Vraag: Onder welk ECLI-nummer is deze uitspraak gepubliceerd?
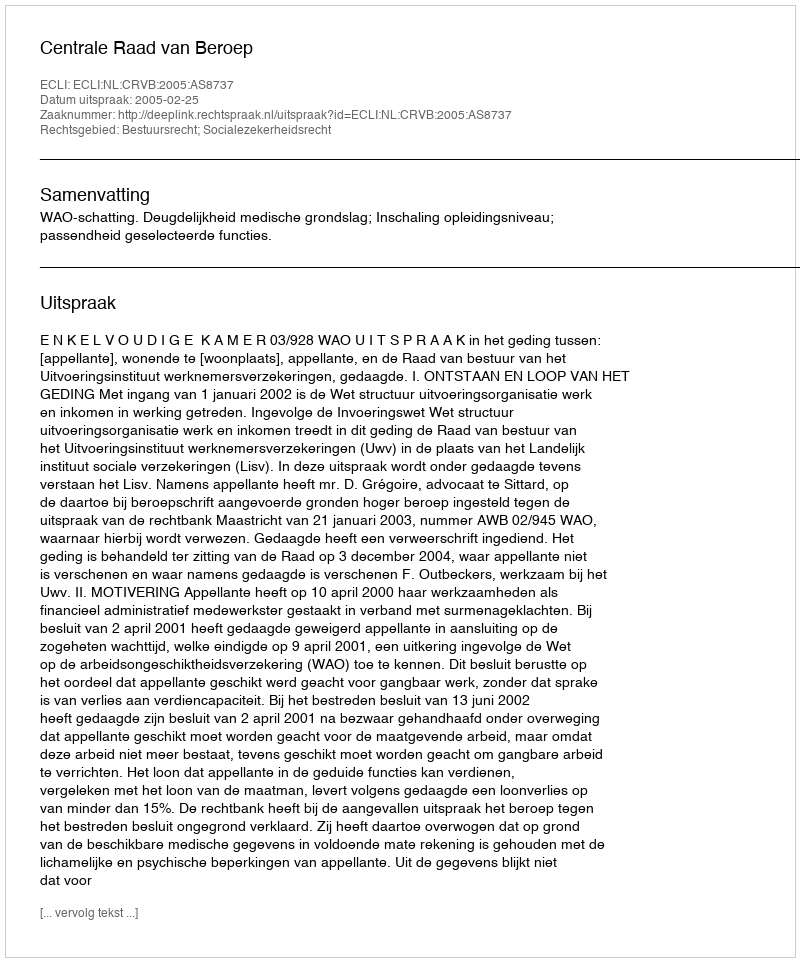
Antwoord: ECLI:NL:CRVB:2005:AS8737